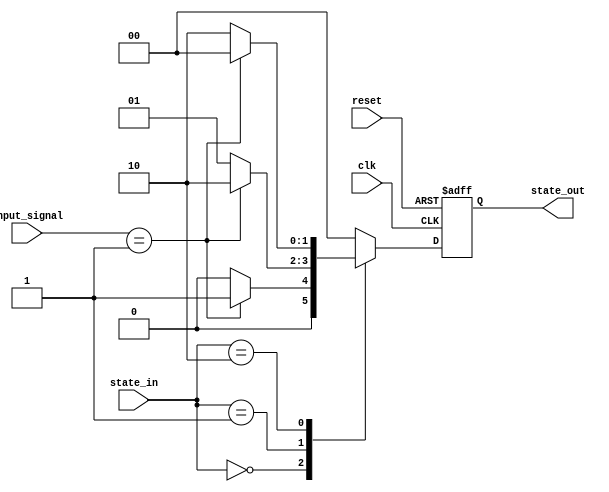
module fsm (
  input wire clk,
  input wire reset,
  input wire [1:0] state_in,
  input wire [2:0] input_signal,
  output reg [1:0] state_out
);

// Define the states of the FSM
parameter STATE_A = 2'b00;
parameter STATE_B = 2'b01;
parameter STATE_C = 2'b10;

// Define the next state logic based on the current state and input signals
always @(posedge clk or posedge reset) begin
  if (reset) begin
    state_out <= STATE_A;
  end else begin
    case (state_in)
      STATE_A: begin
        case (input_signal)
          3'b000: state_out <= STATE_A;
          3'b001: state_out <= STATE_B;
          default: state_out <= STATE_A;
        endcase
      end
      STATE_B: begin
        case (input_signal)
          3'b000: state_out <= STATE_B;
          3'b001: state_out <= STATE_C;
          default: state_out <= STATE_B;
        endcase
      end
      STATE_C: begin
        case (input_signal)
          3'b000: state_out <= STATE_C;
          3'b001: state_out <= STATE_A;
          default: state_out <= STATE_C;
        endcase
      end
      default: state_out <= STATE_A;
    endcase
  end
end

endmodule